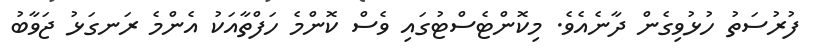
ފުރުސަތު ހުޅުވިގެން ދާނެއެވެ. މިކޮންޓެސްޓުގައި ވެސް ކޮންމެ ހަފްތާއަކު އެންމެ ރަނގަޅު ޖަވާބު